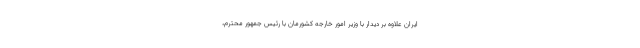
ایران علاوه بر دیدار با وزیر امور خارجه کشورمان با رئیس جمهور محترم،